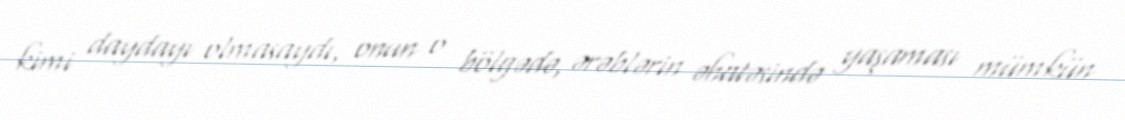
kimi daydayı olmasaydı, onun o bölgədə, ərəblərin əhatəsində yaşaması mümkün